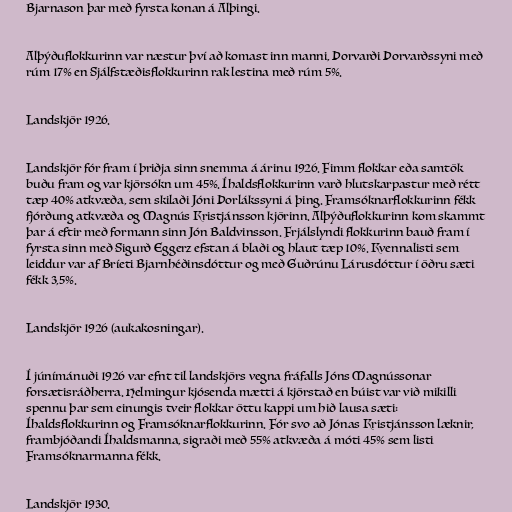
Bjarnason þar með fyrsta konan á Alþingi.

Alþýðuflokkurinn var næstur því að komast inn manni, Þorvarði Þorvarðssyni með
rúm 17% en Sjálfstæðisflokkurinn rak lestina með rúm 5%.

Landskjör 1926.

Landskjör fór fram í þriðja sinn snemma á árinu 1926. Fimm flokkar eða samtök
buðu fram og var kjörsókn um 45%. Íhaldsflokkurinn varð hlutskarpastur með rétt
tæp 40% atkvæða, sem skilaði Jóni Þorlákssyni á þing. Framsóknarflokkurinn fékk
fjórðung atkvæða og Magnús Kristjánsson kjörinn. Alþýðuflokkurinn kom skammt
þar á eftir með formann sinn Jón Baldvinsson. Frjálslyndi flokkurinn bauð fram í
fyrsta sinn með Sigurð Eggerz efstan á blaði og hlaut tæp 10%. Kvennalisti sem
leiddur var af Bríeti Bjarnhéðinsdóttur og með Guðrúnu Lárusdóttur í öðru sæti
fékk 3,5%.

Landskjör 1926 (aukakosningar).

Í júnímánuði 1926 var efnt til landskjörs vegna fráfalls Jóns Magnússonar
forsætisráðherra. Helmingur kjósenda mætti á kjörstað en búist var við mikilli
spennu þar sem einungis tveir flokkar öttu kappi um hið lausa sæti:
Íhaldsflokkurinn og Framsóknarflokkurinn. Fór svo að Jónas Kristjánsson læknir,
frambjóðandi Íhaldsmanna, sigraði með 55% atkvæða á móti 45% sem listi
Framsóknarmanna fékk.

Landskjör 1930.